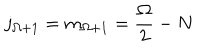
LaTeX: j _ { \Omega + 1 } = m _ { \Omega + 1 } = \frac { \Omega } { 2 } - N